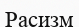
Расизм